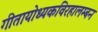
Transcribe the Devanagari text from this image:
गीतायोध्यकविरहालम्बन